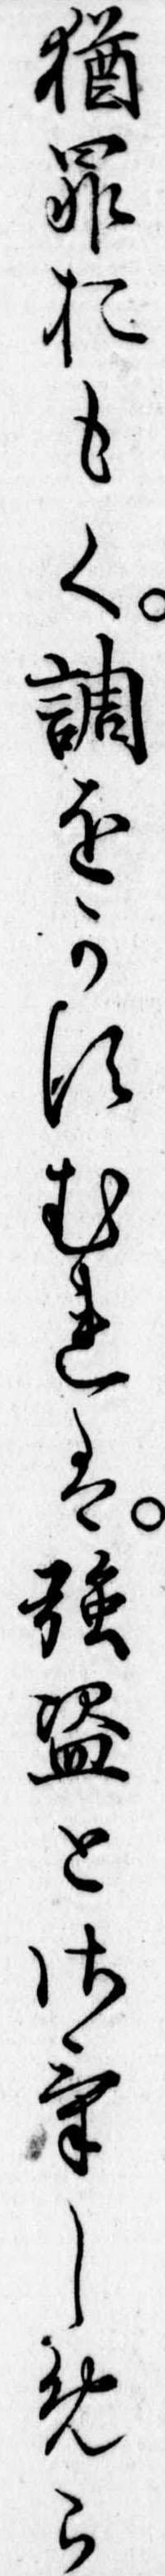
猶罪おもく調をかすむれは強盗とさけしめら